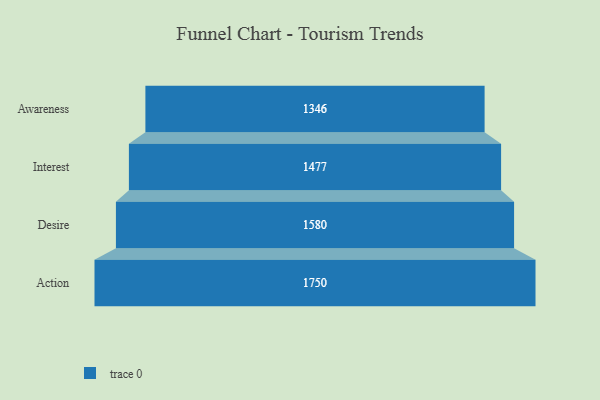
{"axis": {"x": "Stage", "y": "Value"}, "legend": [""], "data": [{"x": "Awareness", "y": 1346.0, "type": ""}, {"x": "Interest", "y": 1477.0, "type": ""}, {"x": "Desire", "y": 1580.0, "type": ""}, {"x": "Action", "y": 1750.0, "type": ""}]}